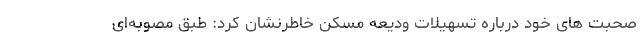
صحبت های خود درباره تسهیلات ودیعه مسکن خاطرنشان کرد: طبق مصوبه‌ای